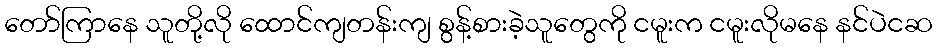
တော်ကြာနေ သူတို့လို ထောင်ကျတန်းကျ စွန့်စားခဲ့သူတွေကို ငမူးက ငမူးလိုမနေ နင်ပဲငဆ